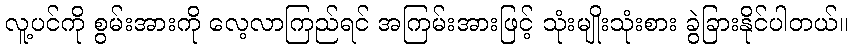
လူ့ပင်ကို စွမ်းအားကို လေ့လာကြည်ရင် အကြမ်းအားဖြင့် သုံးမျိုးသုံးစား ခွဲခြားနိုင်ပါတယ်။